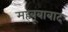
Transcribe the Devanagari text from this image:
मह्बूबाबाद